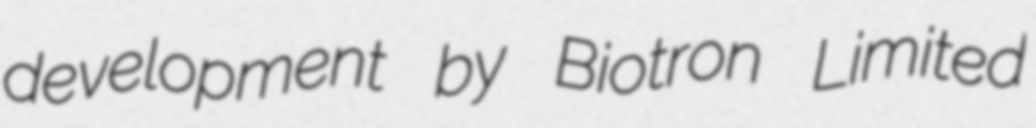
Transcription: development by Biotron Limited